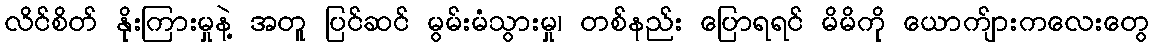
လိင်စိတ် နိုးကြားမှုနဲ့ အတူ ပြင်ဆင် မွမ်းမံသွားမှု၊ တစ်နည်း ပြောရရင် မိမိကို ယောက်ျားကလေးတွေ